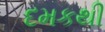
દમકથી